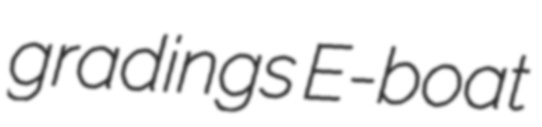
gradings E-boat